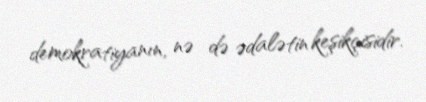
demokratiyanın, nə də ədalətin keşikçisidir.